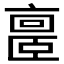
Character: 𪜥